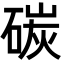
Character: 碳